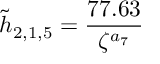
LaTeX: \tilde { h } _ { 2 , 1 , 5 } = \frac { 7 7 . 6 3 } { \zeta ^ { a _ { 7 } } }